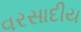
વરસાદીય